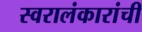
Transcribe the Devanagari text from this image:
स्वरालंकारांची